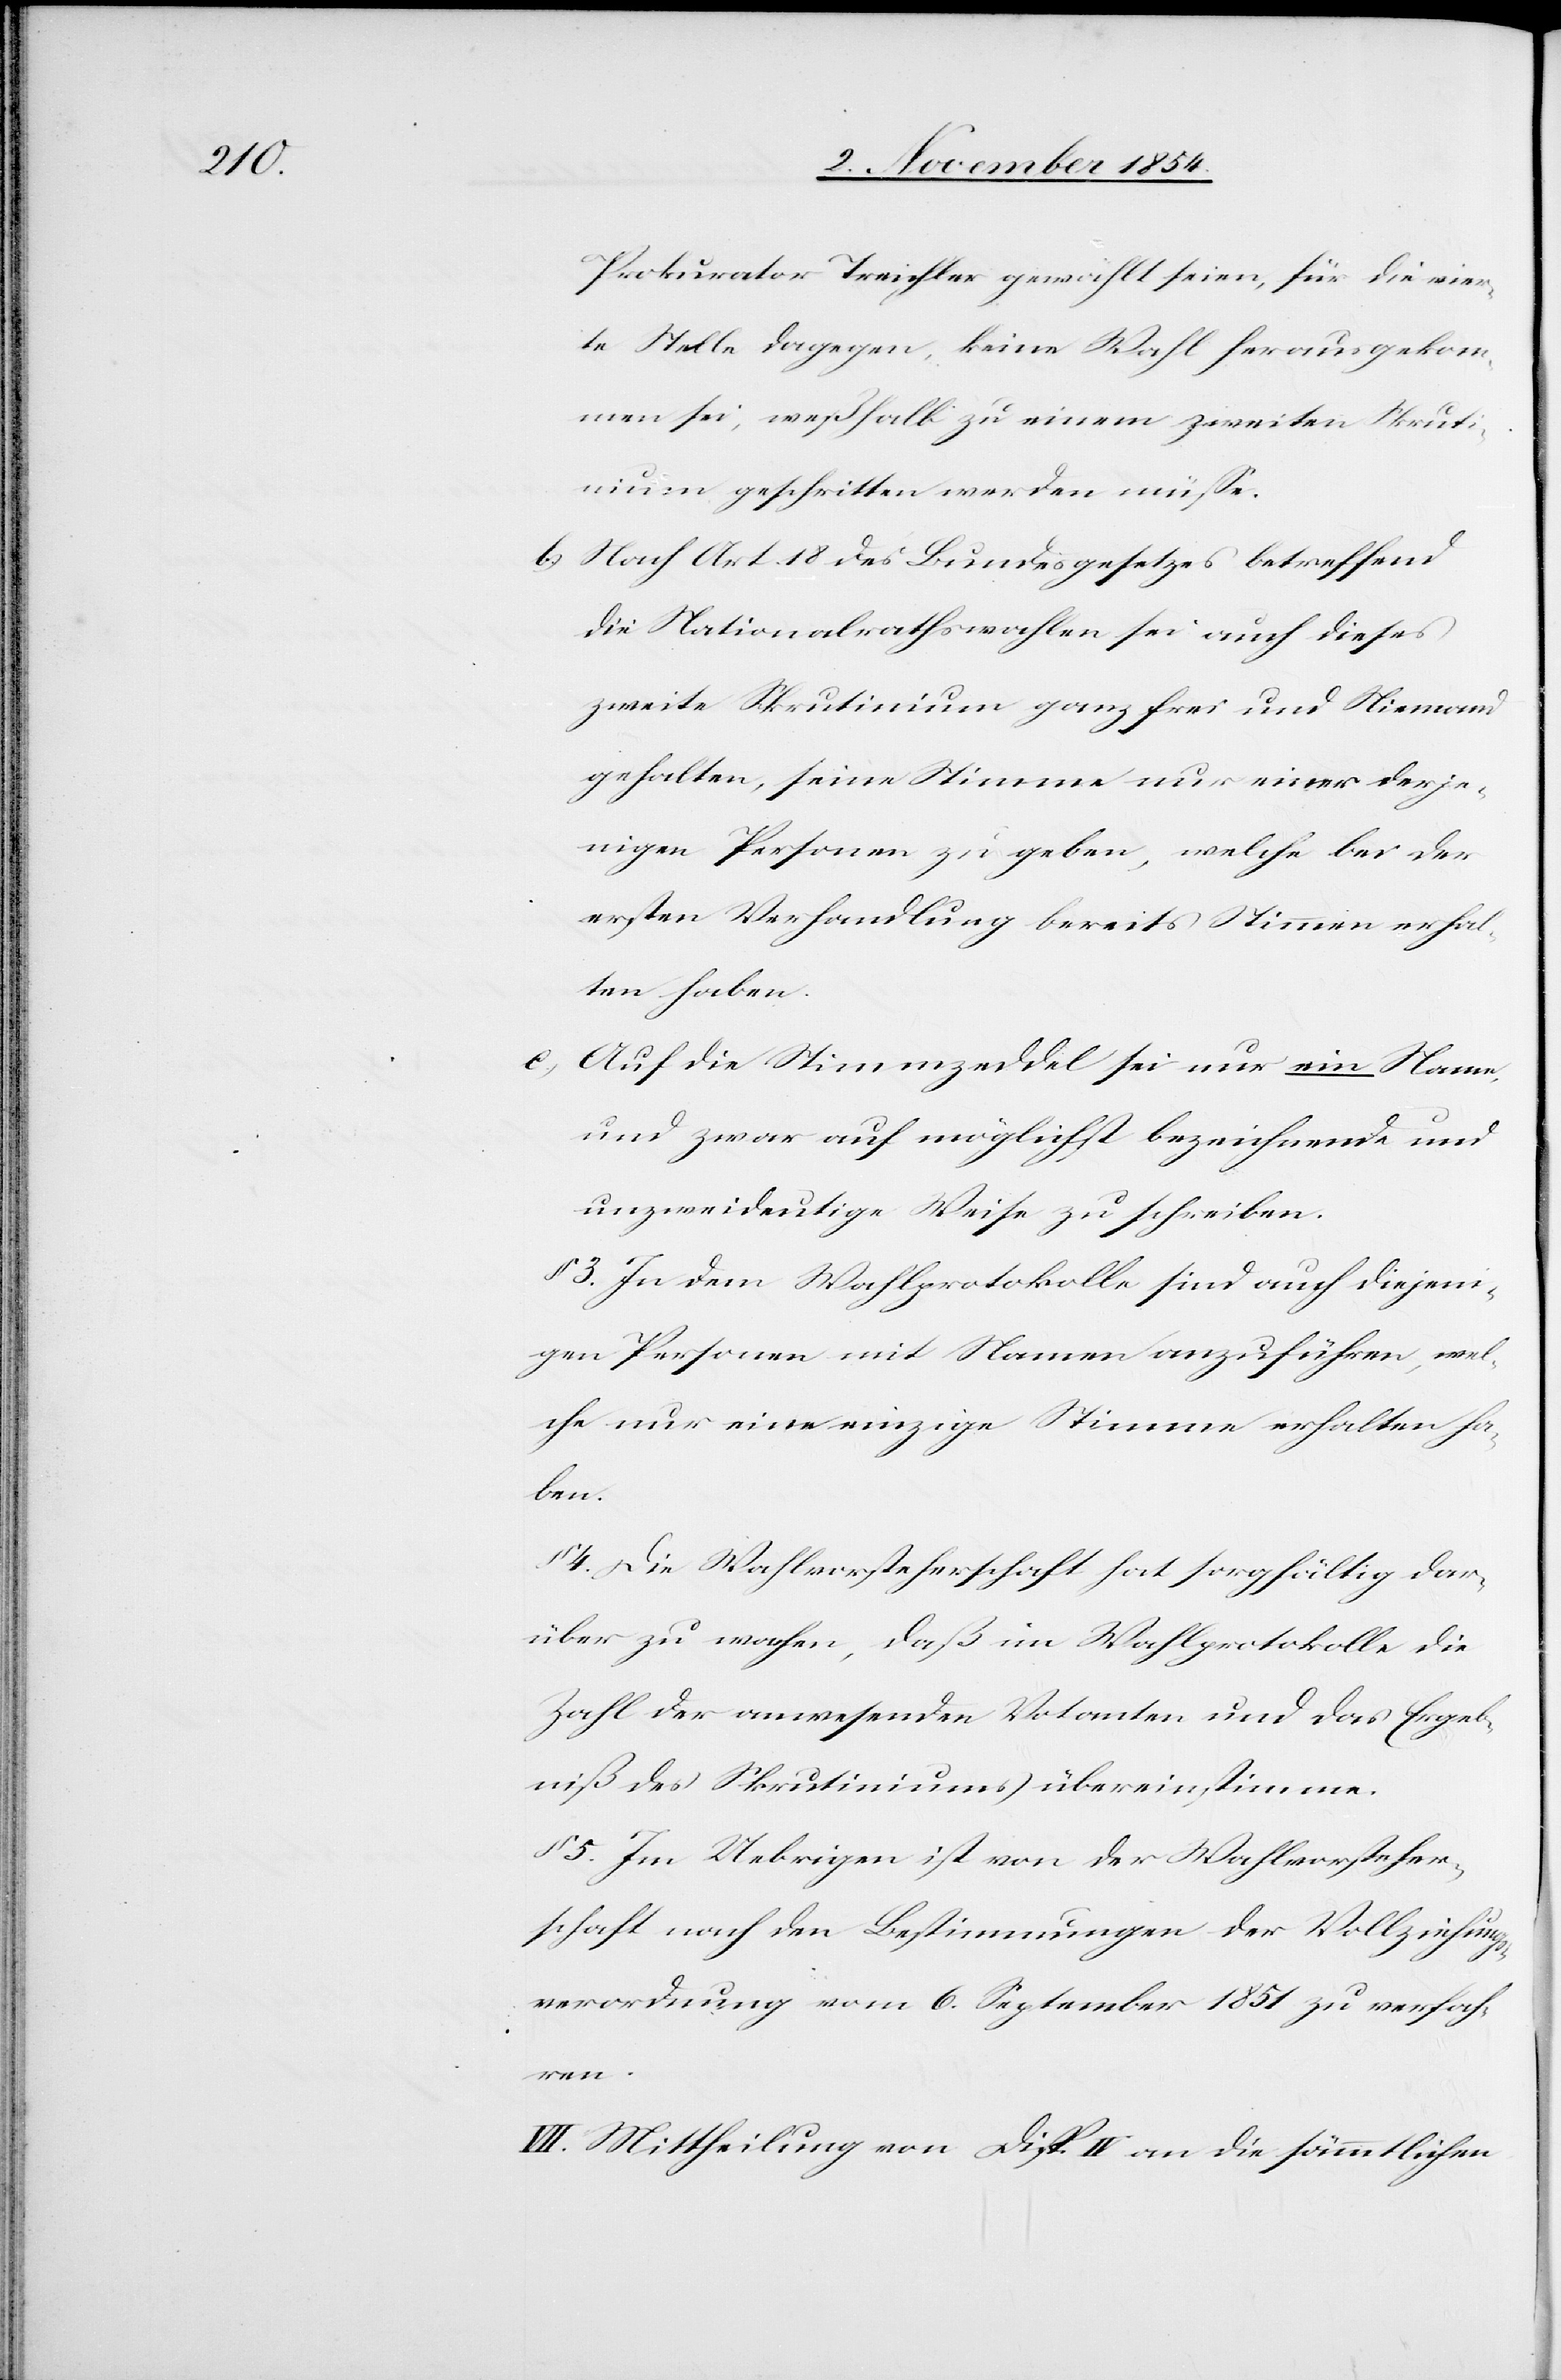
Prokurator Treichler gewählt seien, für die vier¬
te Stelle dagegen, keine Wahl herausgekom¬
men sei, weßhalb zu einem zweiten Skrut¬
inium geschritten werden müße.
b.) Nach Art. 18 des Bundesgesetzes betreffend
die Nationalrathswahlen sei auch dieses
zweite Skrutinium ganz frei und Niemand
gehalten, seine Stimme nur einer derje¬
nigen Personen zu geben, welche bei der
ersten Verhandlung bereits Stimmen erhal¬
ten haben.
c.) Auf die Stimmzeddel sei nur ein Name,
und zwar auf möglichst bezeichnende und
unzweideutige Weise zu schreiben.
§ 3. In dem Wahlprotokolle sind auch diejeni¬
gen Personen mit Namen anzuführen, wel¬
che nur eine einzige Stimme erhalten ha¬
ben.
4. Die Wahlvorsteherschaft hat sorgfältig dar¬
über zu wachen, daß im Wahlprotokolle die
Zahl der anwesenden Votanten und das Ergeb¬
niß des Skrutiniums übereinstimmen.
§ 5. Im Uebrigen ist von der Wahlvorsteher¬
schaft nach den Bestimmungen der Vollziehungs¬
verordnung vom 6. September 1851 zu verfah¬
ren.
VII. Mittheilung von Disp. IV an die sämmtlichen